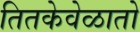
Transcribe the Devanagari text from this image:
तितकेवेळातो